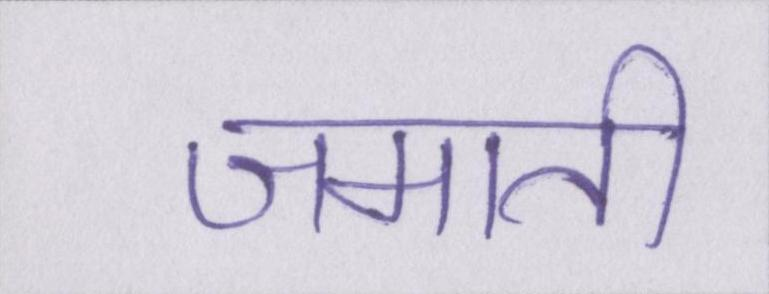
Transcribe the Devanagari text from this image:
जमाती